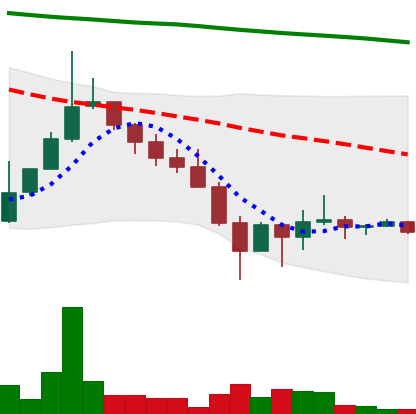
Ticker: DOGE-USD
Chart end date: 2022-01-30
Forward return: 5.759%
Label: up_5_7